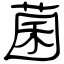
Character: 菌